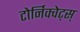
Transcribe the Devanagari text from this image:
टोर्निक्वेट्स्